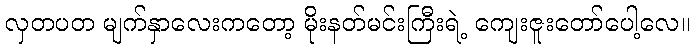
လှတပတ မျက်နှာလေးကတော့ မိုးနတ်မင်းကြီးရဲ့ ကျေးဇူးတော်ပေါ့လေ။